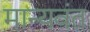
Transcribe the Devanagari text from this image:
मान्यवंत